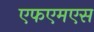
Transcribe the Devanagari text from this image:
एफएमएस